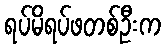
ရပ်မိရပ်ဖတစ်ဦးက